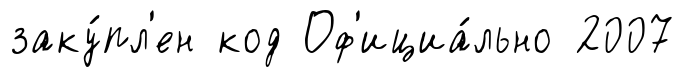
заку́пл'ен код Оф'ициа́льно 2007